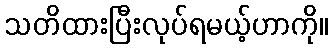
သတိထားပြီးလုပ်ရမယ့်ဟာကို။